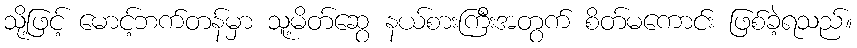
သို့ဖြင့် မောင့်ဘက်တန်မှာ သူ့မိတ်ဆွေ နယ်စားကြီးအတွက် စိတ်မကောင်း ဖြစ်ခဲ့ရသည်။